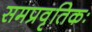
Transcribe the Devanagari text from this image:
समप्रवृतिकः